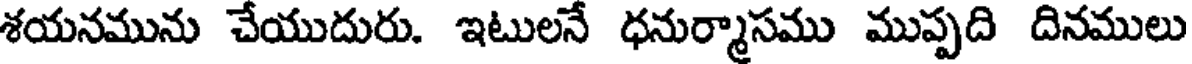
శయనమును చేయుదురు. ఇటులనే ధనుర్మాసము ముప్పది దినములు